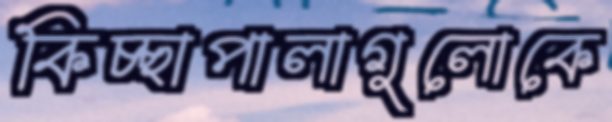
কিচ্ছাপালাগুলোকে